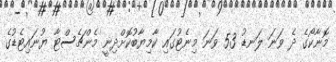
މޮނާކޯގެ ދެ ވަނަ ލަނޑު 53 ވަނަ މިނެޓުގައި ކާމިޔާބުކޮށްދިނީ މެންޗެސްޓާ ޔުނައިޓެޑުގެ